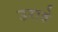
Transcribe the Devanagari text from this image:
उरावे